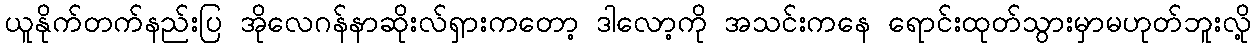
ယူနိုက်တက်နည်းပြ အိုလေဂန်နာဆိုးလ်ရှားကတော့ ဒါလော့ကို အသင်းကနေ ရောင်းထုတ်သွားမှာမဟုတ်ဘူးလို့